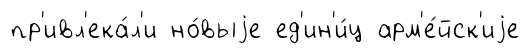
пр'ивл'ека́л'и но́выjе ед'ин'и́ц арм'е́йск'иjе